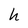
Character: h